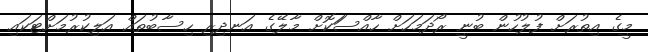
މީގެ އިތުރަށް ފުލުހުން ބުނީ ރޯދަމަހަށް ހާއްސަަކޮށް މާލޭގެ އަނދިރި ހިސާބުތައް އަލިކުރުމަށްޓަކައި